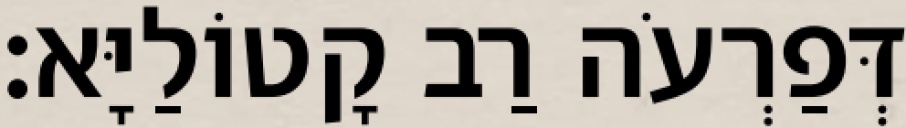
דְּפַרְעֹה רַב קָטוֹלַיָּא׃